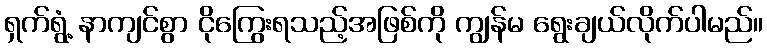
ရှက်ရွံ့ နာကျင်စွာ ငိုကြွေးရသည့်အဖြစ်ကို ကျွန်မ ရွေးချယ်လိုက်ပါမည်။